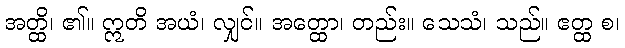
အတ္ထိ၊ ၏။ ဣတိ အယံ၊ လျှင်။ အတ္ထော၊ တည်း။ သေသံ၊ သည်။ ဧတ္ထ စ၊